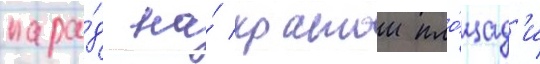
пара́д на́ краснои пло́щад'и